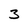
Character: 3